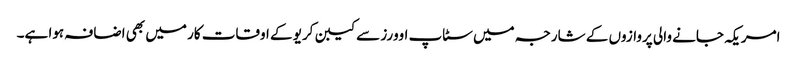
امریکہ جانے والی پروازوں کے شارجہ میں سٹاپ اوورز سے کیبن کریو کے اوقات کار میں بھی اضافہ ہوا ہے۔